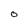
Character: 0